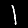
Digit: 1